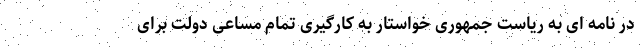
در نامه ای به ریاست جمهوری خواستار به کارگیری تمام مساعی دولت برای